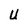
Character: U